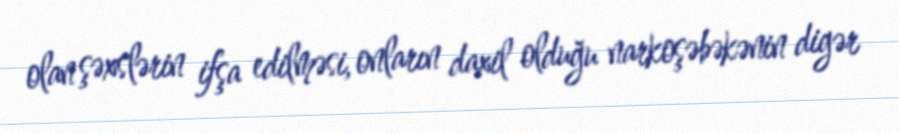
olan şəxslərin ifşa edilməsi, onların daxil olduğu narkoşəbəkənin digər